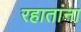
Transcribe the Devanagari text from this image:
रहातांना